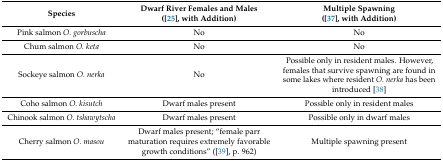
| Species | Dwarf River Females and Males ([25], with Addition) | Multiple Spawning ([37], with Addition) |
 | --- | --- | --- |
 | Pink salmon O. gorbuscha | No | No |
 | Chum salmon O. keta | No | No |
 | Sockeye salmon O. nerka | No | Possible only in resident males. However, females that survive spawning are found in some lakes where resident O. nerka has been introduced [38] |
 | Coho salmon O. kisutch | Dwarf males present | Possible only in resident males |
 | Chinook salmon O. tshawytscha | Dwarf males present | Possible only in dwarf males |
 | Cherry salmon O. masou | Dwarf males present; “female parr maturation requires extremely favorable growth conditions” ([39], p. 962) | Multiple spawning present |